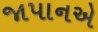
જાપાનએ